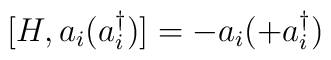
[H, a_i (a_i^\dagger)] = -a_i(+a_i^\dagger)